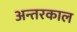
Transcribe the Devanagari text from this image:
अन्तरकाल